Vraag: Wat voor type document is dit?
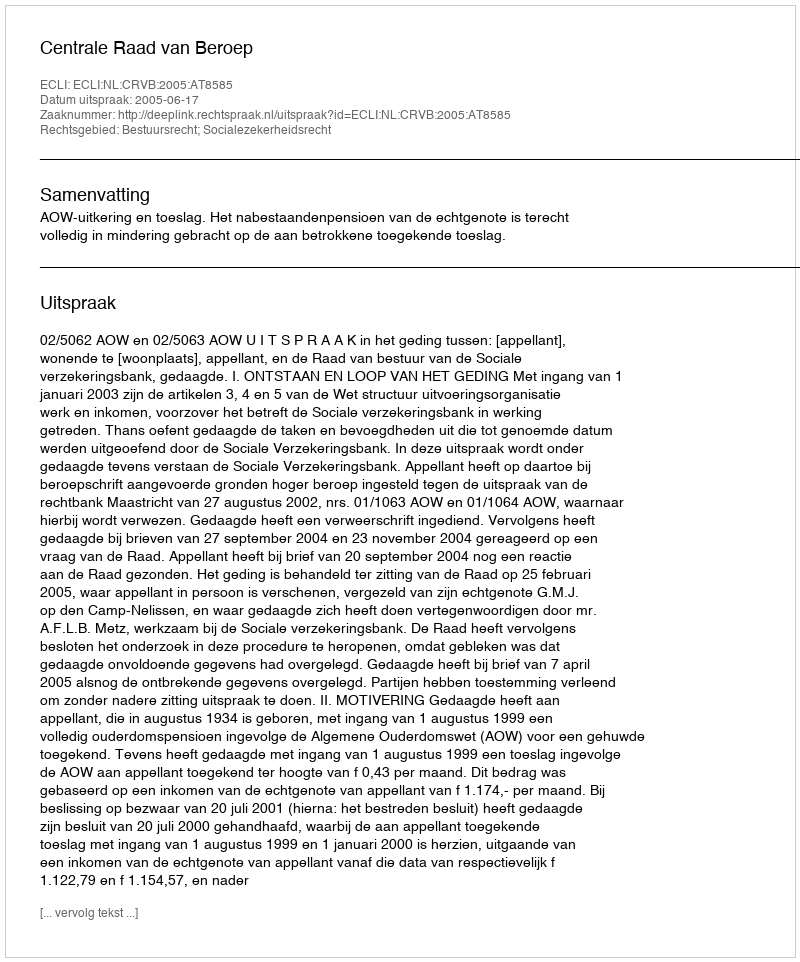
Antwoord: Uitspraak